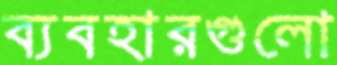
ব্যবহারগুলো